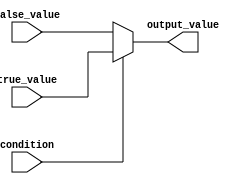
module conditional_assignment (
    input wire condition,        // Input signal for condition evaluation
    input wire [7:0] true_value, // Value to assign if condition is true
    input wire [7:0] false_value, // Value to assign if condition is false
    output reg [7:0] output_value // Output value based on condition
);

// Behavioral modeling using the ternary operator
always @(*) begin
    output_value = (condition) ? true_value : false_value;
end

endmodule